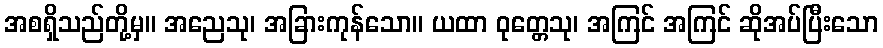
အစရှိသည်တို့မှ။ အညေသု၊ အခြားကုန်သော။ ယထာ ဝုတ္တေသု၊ အကြင် အကြင် ဆိုအပ်ပြီးသော